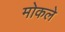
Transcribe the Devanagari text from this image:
मोकले